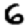
Digit: 6